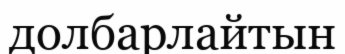
долбарлайтын